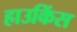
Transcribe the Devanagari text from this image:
हाउकिंस